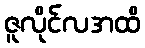
ဇူလိုင်လအထိ